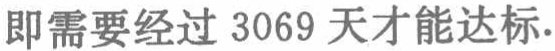
即需要经过 3069 天才能达标.